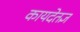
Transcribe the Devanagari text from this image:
कायदेतज्ञ